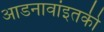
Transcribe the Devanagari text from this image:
आडनावांइतकी